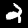
Label: 2